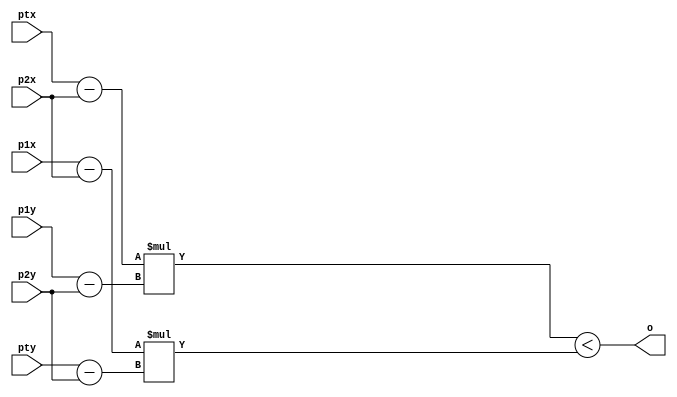
/*
Usar Clock_25
Contador at 800x525
VGA_HS negativo para H_Sync 660 at 756
Negativo para v 494 at 495
*/
module sign(
	input [11:0]ptx,
	input [11:0]pty,
	input [11:0]p1x,
	input [11:0]p1y,
	input [11:0]p2x,
	input [11:0]p2y,
	output o
	);
	wire signed [11:0] a1;
	wire signed [11:0] a2;
	wire signed [11:0] a3;
	wire signed [11:0] a4;
	wire signed [23:0] m1;
	wire signed [23:0] m2;

	assign a1 = ptx - p2x;
	assign a2 = p1y - p2y;
	assign a3 = p1x - p2x;
	assign a4 = pty - p2y;
	assign m1 = a1 * a2;
	assign m2 = a3 * a4;
	assign o = m1 < m2;

endmodule

module ROM(
	input [4:0]end_triangulo,
	output [11:0]p1x,
	output [11:0]p1y,
	output [11:0]p2x,
	output [11:0]p2y,
	output [11:0]p3x,
	output [11:0]p3y
);

	reg [11:0]p1x_r;
	reg [11:0]p1y_r;
	reg [11:0]p2x_r;
	reg [11:0]p2y_r;
	reg [11:0]p3x_r;
	reg [11:0]p3y_r;

	assign p1x = p1x_r;
	assign p1y = p1y_r;
	assign p2x = p2x_r;
	assign p2y = p2y_r;
	assign p3x = p3x_r;
	assign p3y = p3y_r;

	always @(end_triangulo) begin
		case(end_triangulo)
			0:begin
				p1x_r <= 23;
				p1y_r <= 79;
				p2x_r <= 15;
				p2y_r <= 68;
				p3x_r <= 36;
				p3y_r <= 94;
			end
			1:begin
				p1x_r <= 23;
				p1y_r <= 34;
				p2x_r <= 55;
				p2y_r <= 31;
				p3x_r <= 96;
				p3y_r <= 45;
			end
			2:begin
				p1x_r <= 77;
				p1y_r <= 32;
				p2x_r <= 15;
				p2y_r <= 88;
				p3x_r <= 36;
				p3y_r <= 46;
			end
		endcase
	end
	
endmodule
module video_1(
	input clk,
	input w,
	input [11:0]end_x,
	input [11:0]end_y,
	input data,
	output saida
);
	
	reg memoria_video_1 [0:479] [0:639];
	reg saida_r;
	assign saida = memoria_video_1 [end_x][end_y];
	always @(posedge clk)begin
		if (w == 1) begin
			if (end_x < 640 & end_y < 480)
				memoria_video_1 [end_x][end_y] = data;	
		end	
	end
endmodule
module NewTrab8(
	input CLOCK_50,
	output VGA_HS ,
	output VGA_VS,
	output VGA_R,
	output VGA_G,
	output VGA_B
);
	reg write = 1;

	reg [11:0]p1x;
	reg [11:0]p1y;
	reg [11:0]p2x;
	reg [11:0]p2y;
	reg [11:0]p3x;
	reg [11:0]p3y;
	
	reg [11:0]ptx;
	reg [11:0]pty;

	reg [11:0]i;
	reg [11:0]j;
	
	wire [11:0]ptx_w;
	wire [11:0]pty_w;
	wire [11:0]p1x_w;
	wire [11:0]p1y_w;
	wire [11:0]p2x_w;
	wire [11:0]p2y_w;
	wire [11:0]p3x_w;
	wire [11:0]p3y_w;	

	reg [3:0]count = 0;
	reg [4:0]end_triangulo = 0;
	wire P1, P2, P3;
	reg saida;
	wire data;

	reg pode_ler = 0;
	
	reg [3:0]Red;
	reg [3:0]Green;
	reg [3:0]Blue;
	reg [11:0]V_Sync;
	reg [11:0]H_Sync;

	reg CLK_25 = 0;

	assign VGA_R = Red;
	assign VGA_B = Blue;
	assign VGA_G = Green;
	
	assign VGA_HS = H_Sync;
	assign VGA_VS = V_Sync;
	
	sign Pt1(ptx, pty, p1x, p1y, p2x, p2y, P1);
	sign Pt2(ptx, pty, p2x, p2y, p3x, p3y, P2);
	sign Pt3(ptx, pty, p3x, p3y, p1x, p1y, P3);
	ROM R(end_triangulo, p1x_w, p1y_w, p2x_w, p2y_w, p3x_w, p3y_w);
	video_1 V(CLK_25, write, i, j, saida, data); 

	always @(posedge CLOCK_50) CLK_25 <= ~CLK_25;
	always @(posedge CLK_25) begin
		case(count)
			0:begin
				end_triangulo <= 0;
				count <= 1;
			end
			1: begin
				$display (" Triangulo %d", end_triangulo);
				p1x <= p1x_w;
				p1y <= p1y_w;
				p2x <= p2x_w;
				p2y <= p2y_w;
				p3x <= p3x_w;
				p3y <= p3y_w;	

				i <= 0;
				j <= 0;
				count <= 2;
				if (end_triangulo > 2) write <= 0;
				else write <= 1;
			end

			
			2: begin
				if (i < 640)begin
					count <= 3;
					j <= 0;
					
				end
		    		else count <= 4;
			end
			3: begin
				if (j < 480)begin
					// sempe alterar aqui (dentro for)
					ptx <= i;
					pty <= j;
					
					if (i  > 660 & i < 756) H_Sync <= 0;
					else H_Sync <= 1;
               if (j  > 494 & j < 495) V_Sync <= 0;
					else V_Sync <= 1;
					
					saida <= P1 == P2 & P2 == P3;

					if (pode_ler == 1)begin
						
						if (data == 1)begin
							Red <= 4'b1;
							Green <= 4'b1;
							Blue <= 4'b1;
						end
						else begin
							Red <= 4'b0;
							Green <= 4'b0;
							Blue <= 4'b0;
						end
					end
					//altera at aqui (dentro for)
					j <= j + 1;
					count <= 3;	
				end
				else begin
					i <= i + 1;
					count = 2;
				end
			end
			4: begin
				count <= 5;
				write <= 0;
			end


			5: begin
				if (pode_ler == 0) pode_ler <= 1;
				end_triangulo <= end_triangulo + 1;
				count <= 6;
			end
			6:begin
				if (end_triangulo > 3) $finish;
				else count <= 1;
			end
			
		endcase
	end	

endmodule